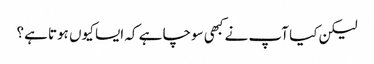
لیکن کیا آپ نے کبھی سوچا ہے کہ ایسا کیوں ہوتا ہے؟